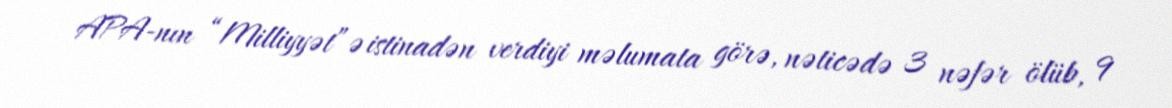
APA-nın “Milliyyət”ə istinadən verdiyi məlumata görə, nəticədə 3 nəfər ölüb, 9